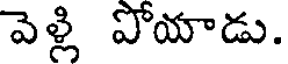
వెళ్లి పోయాడు.